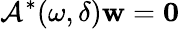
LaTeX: \mathcal{A}^{*}(\omega,\delta)\mathbf{w}=\mathbf{0}